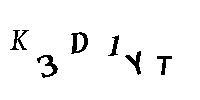
K3D1YT